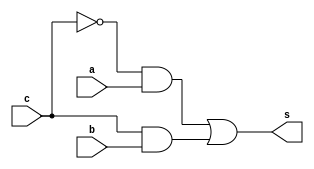
// ------------------------- 
// Exemplo0034 - F4 
// Nome: Jonatas Sena Ferreira
// ------------------------- 
// ------------------------- 
// optador1b 
// ------------------------- 
module op1b (output s, input a, input b, input c); 

wire s1, s2;

and AND1 (s1, ~c, a);
and AND2 (s2, c, b);
or OR1 (s, s1, s2);

endmodule // op1b 

// ------------------------- 
// optador4b 
// ------------------------- 
module op4b (output [3:0] s, input [3:0] a, input [3:0] b,input c); 

op1b OP1 (s[0], a[0], b[0], c);
op1b OP2 (s[1], a[1], b[1], c);
op1b OP3 (s[2], a[2], b[2], c);
op1b OP4 (s[3], a[3], b[3], c);

endmodule // op4b 

// ------------------------- 
// SelI1b 
// ------------------------- 
module selI1b (output s, input a, input c); 

xor XOR1 (s, a, c);
endmodule // selI1b 
 
// ------------------------- 
// SelI4b 
// ------------------------- 
module selI4b (output [3:0] s, input [3:0] a, input c); 

xor XOR0 (s[0], a[0], c);
xor XOR1 (s[1], a[1], c);
xor XOR2 (s[2], a[2], c);
xor XOR3 (s[3], a[3], c);
endmodule // selI4b 

// ------------------------- 
// f4_gate 
// ------------------------- 
module f4 (output [3:0] s,output [3:0] ns,input [3:0] a, input [3:0] b,input c); 

wire [3:0] fioXOR, fioOR, fioOOUT, fioNOUT;

xor XOR1 (fioXOR[0], a[0], b[0]);
xor XOR2 (fioXOR[1], a[1], b[1]);
xor XOR3 (fioXOR[2], a[2], b[2]);
xor XOR4 (fioXOR[3], a[3], b[3]);

or OR1 (fioOR[0], a[0], b[0]);
or OR2 (fioOR[1], a[1], b[1]);
or OR3 (fioOR[2], a[2], b[2]);
or OR4 (fioOR[3], a[3], b[3]);

op4b op1 (s, fioOR, fioXOR, c);

assign ns = ~s;

endmodule // f4 
// ------------------------- 
module test_f4; 
// ------------------------- definir dados 
reg [3:0] x; 
reg [3:0] y; 
reg c;
wire [3:0] z1, z2; 
f4 modulo (z1, z2, x, y, c); 
// ------------------------- parte principal 
initial begin 
$display("Exemplo0034 - Jonatas Sena Ferreira - 427424"); 
$display("Test LU's module"); 
x = 4'b0011; y = 4'b0101; c=0;
// projetar testes do modulo 
#1 $monitor("%3b %3b option: %1b = %3b also %3b",x,y,c,z1,z2); 
#1 c=1;
#1 x = 4'b1010; y = 4'b1100; c=0;
#1 x = 4'b0010; y = 4'b1101; c=1;
#1 x = 4'b1111; y = 4'b1111; c=0;
#1 x = 4'b1111; y = 4'b1111; c=1;
#1 x = 4'b0100; y = 4'b0000; c=0;
#1 x = 4'b0001; y = 4'b0100; c=1;
#1 x = 4'b1010; y = 4'b0101; c=0;
#1 x = 4'b1010; y = 4'b1101; c=1;
end 
endmodule // test_f4